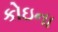
કોઇના